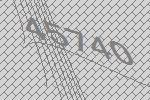
45740